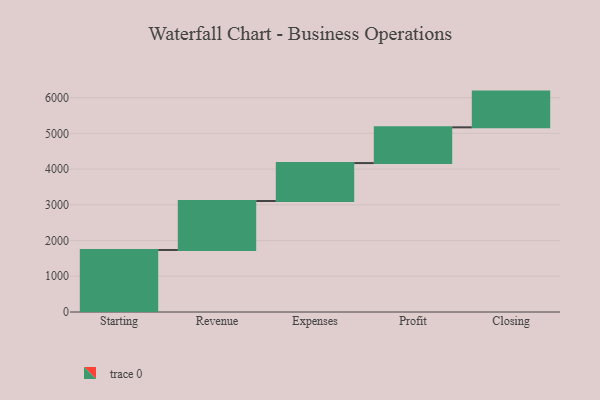
{"axis": {"x": "Step", "y": "Value"}, "legend": [""], "data": [{"x": "Starting", "y": 1736.0, "type": ""}, {"x": "Revenue", "y": 1370.0, "type": ""}, {"x": "Expenses", "y": 1062.0, "type": ""}, {"x": "Profit", "y": 1000, "type": ""}, {"x": "Closing", "y": 1000, "type": ""}]}